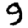
Digit: 9